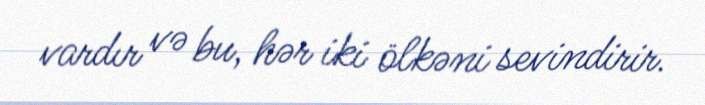
vardır və bu, hər iki ölkəni sevindirir.